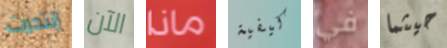
إنتحرت الآن ماذا كيفية في حيثما